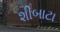
શીબાટા